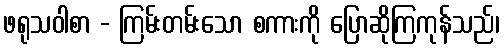
ဖရုသဝါစာ - ကြမ်းတမ်းသော စကားကို ပြောဆိုကြကုန်သည်၊